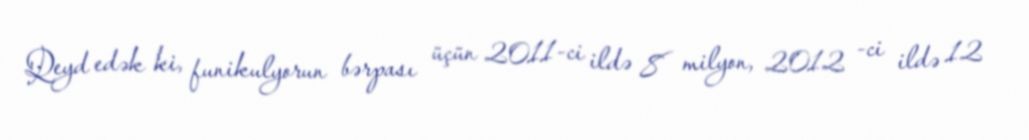
Qeyd edək ki, funikulyorun bərpası üçün 2011-ci ildə 8 milyon, 2012 -ci ildə 12